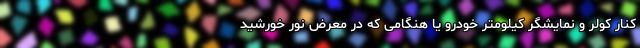
کنار کولر و نمایشگر کیلومتر خودرو یا هنگامی که در معرض نور خورشید